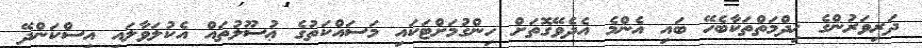
ދަރިވަރުންގެ ޚިދްމަތްތަކާބެހޭ ބައި އެންމެ އެދެވޭގޮތަށް ހިންގުމަށްޓަކައި މަސައްކަތުގެ ޢުސޫލުތައް އެކުލަވާލައި އިސްކަންދޭ